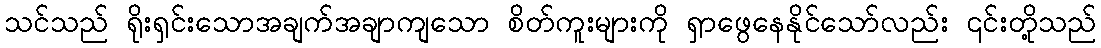
သင်သည် ရိုးရှင်းသောအချက်အချာကျသော စိတ်ကူးများကို ရှာဖွေနေနိုင်သော်လည်း ၎င်းတို့သည်